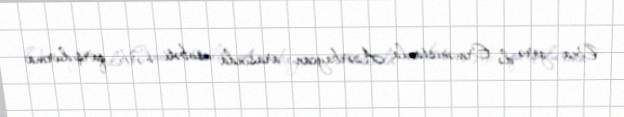
Ona görə də Ermənistanla Azərbaycan arasında növbəti hərbi qarşıdurma